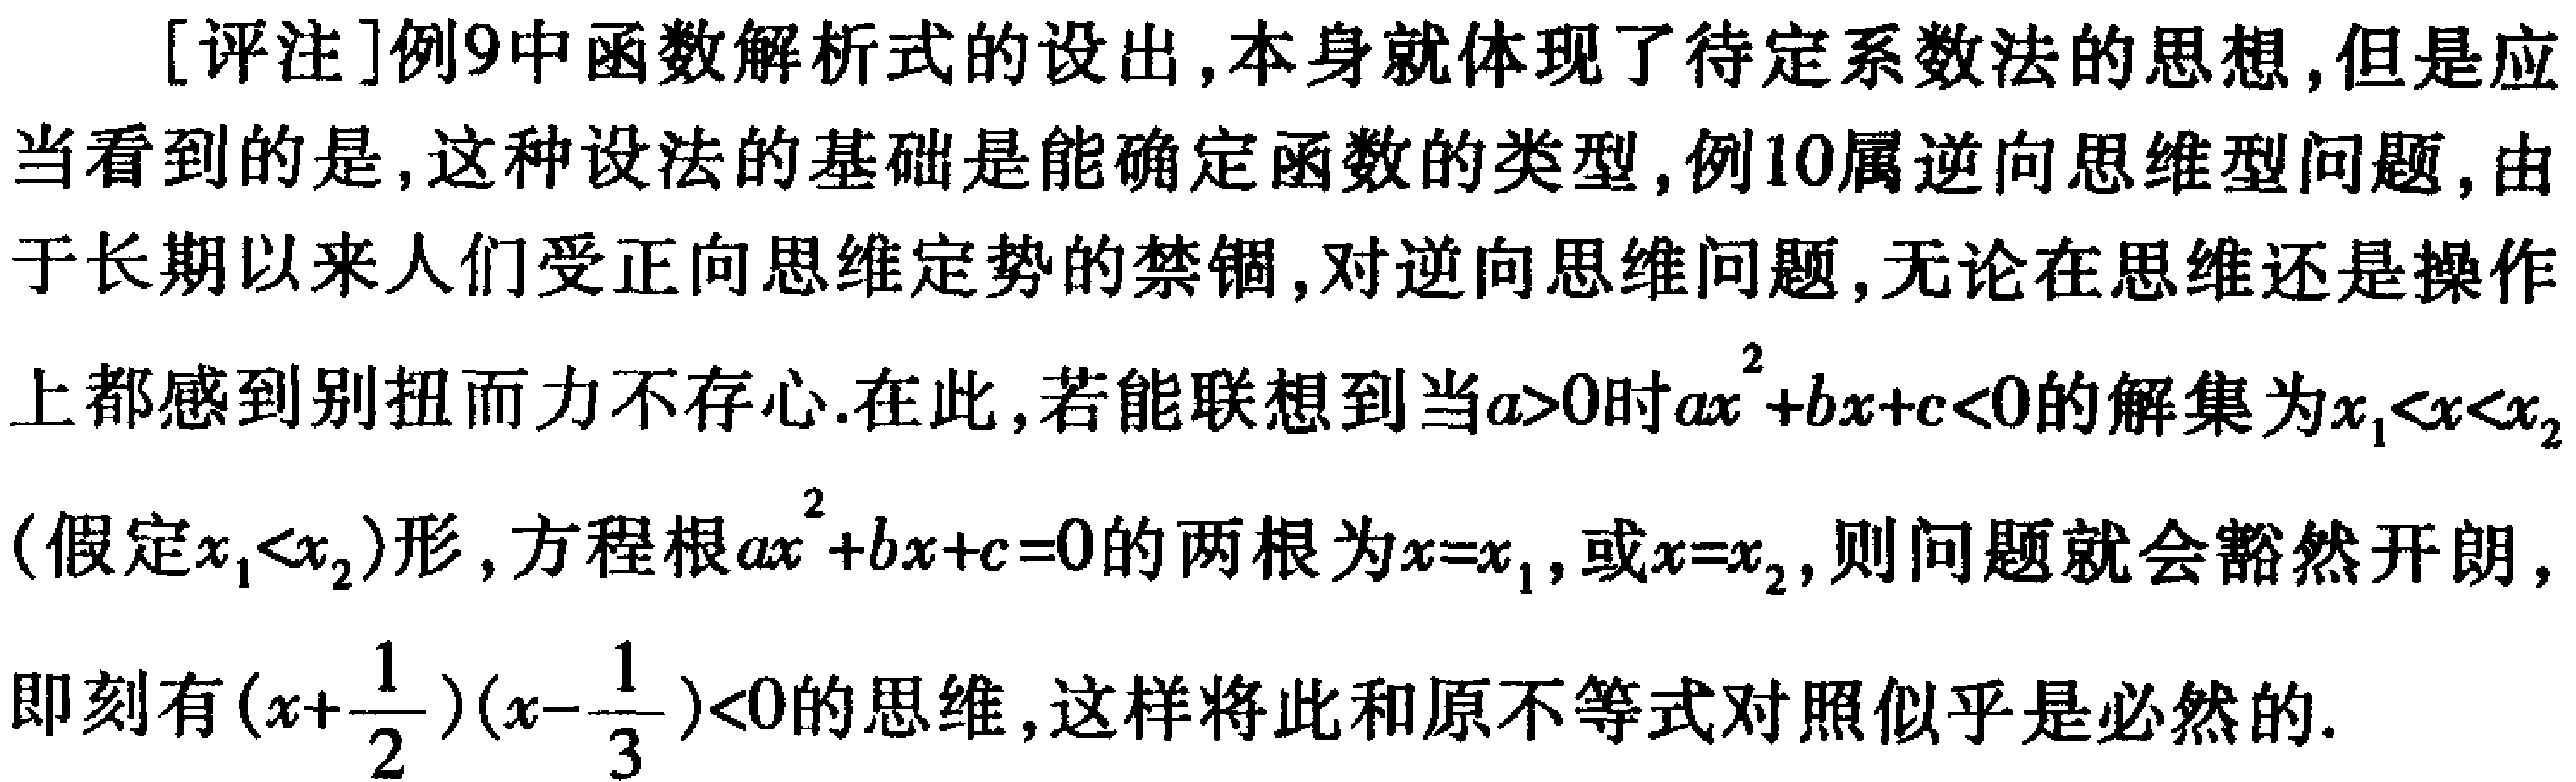
[评注]例9中函数解析式的设出,本身就体现了待定系数法的思想,但是应当看到的是,这种设法的基础是能确定函数的类型,例10属逆向思维型问题,由于长期以来人们受正向思维定势的禁锢,对逆向思维问题,无论在思维还是操作上都感到别扭而力不存心.在此,若能联想到当\(a > 0\)时\(ax^{2}+bx + c < 0\)的解集为\(x_{1}<x<x_{2}\)(假定\(x_{1}<x_{2}\))形,方程根\(ax^{2}+bx + c = 0\)的两根为\(x = x_{1}\),或\(x = x_{2}\),则问题就会豁然开朗,即刻有\((x+\frac{1}{2})(x - \frac{1}{3})<0\)的思维,这样将此和原不等式对照似乎是必然的.